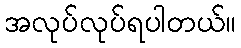
အလုပ်လုပ်ရပါတယ်။